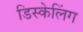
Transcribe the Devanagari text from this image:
डिस्केलिंग